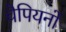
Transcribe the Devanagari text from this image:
चैपियनों